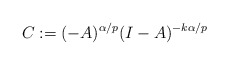
\begin{align*}C := (-A)^{\alpha/p}(I-A)^{-k\alpha/p}\end{align*}